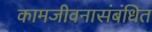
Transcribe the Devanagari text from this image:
कामजीवनासंबंधित